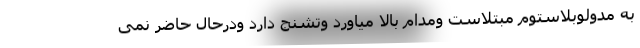
به مدولوبلاستوم مبتلاست ومدام بالا میاورد وتشنج دارد ودرحال حاضر نمی